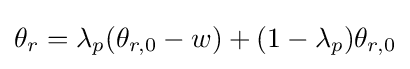
\theta _{r}=\lambda _{p}(\theta _{r,0}-w)+(1-\lambda _{p})\theta _{r,0}